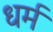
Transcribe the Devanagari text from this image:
ध्‍ार्म